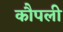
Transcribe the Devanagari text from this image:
कौपली